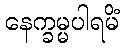
နေက္ခမ္မပါရမိံ